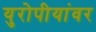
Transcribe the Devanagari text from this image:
युरोपीयांवर